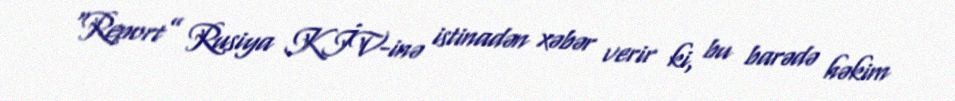
“Report” Rusiya KİV-inə istinadən xəbər verir ki, bu barədə həkim